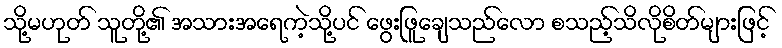
သို့မဟုတ် သူတို့၏ အသားအရေကဲ့သို့ပင် ဖွေးဖြူချေသည်လော စသည့်သိလိုစိတ်များဖြင့်